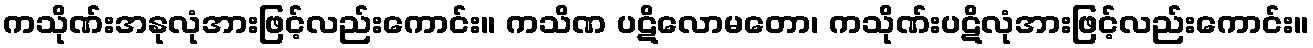
ကသိုဏ်းအနုလုံအားဖြင့်လည်းကောင်း။ ကသိဏ ပဋိလောမတော၊ ကသိုဏ်းပဋိလုံအားဖြင့်လည်းကောင်း။